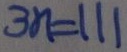
3 n = 1 1 1